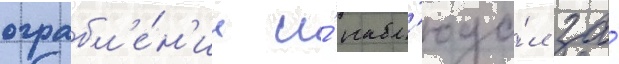
ограбл'е́н'ии и́ набл'юда́л за́